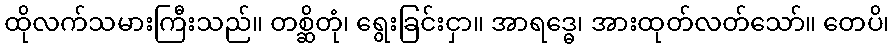
ထိုလက်သမားကြီးသည်။ တစ္ဆိတုံ၊ ရွေးခြင်းငှာ။ အာရဒ္ဓေ၊ အားထုတ်လတ်သော်။ တေပိ၊